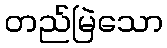
တည်မြဲသော